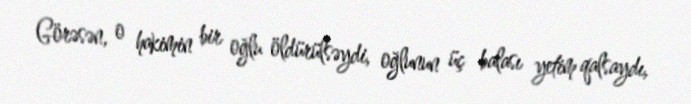
Görəsən, o hakimin bir oğlu öldürülsəydi, oğlunun üç balası yetim qalsaydı,